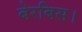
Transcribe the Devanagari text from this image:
बेरबिस।